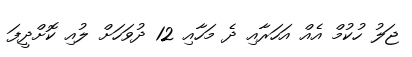
ޖަލު ހުކުމް އެއް އަހަރާއި ދެ މަހާއި 12 ދުވަހަށް ލުއި ކޮށްދީފަ